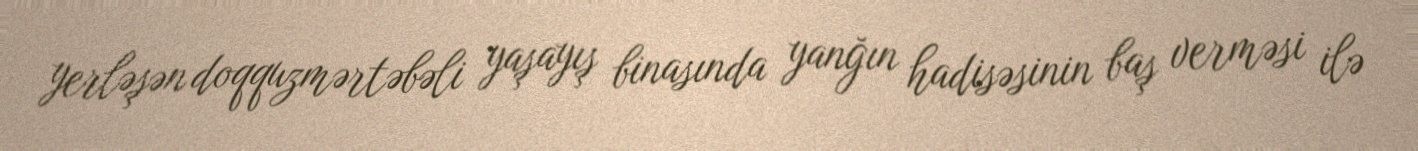
yerləşən doqquzmərtəbəli yaşayış binasında yanğın hadisəsinin baş verməsi ilə